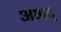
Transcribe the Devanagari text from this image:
अभद्र्